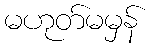
မဟုတ်မမှန်